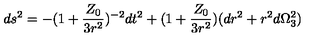
d s ^ { 2 } = - ( 1 + \frac { Z _ { 0 } } { 3 r ^ { 2 } } ) ^ { - 2 } d t ^ { 2 } + ( 1 + \frac { Z _ { 0 } } { 3 r ^ { 2 } } ) ( d r ^ { 2 } + r ^ { 2 } d \Omega _ { 3 } ^ { 2 } )